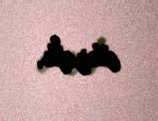
vurdu.